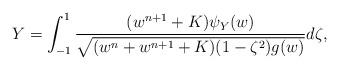
LaTeX: \begin{align*}Y=\int_{-1}^{1}\frac{ (w^{n+1}+K) \psi_Y(w) }{ \sqrt{ (w^n + w^{n+1}+K ) (1-\zeta^2) g(w) } } d\zeta,\end{align*}